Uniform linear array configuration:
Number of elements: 48
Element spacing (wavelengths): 0.5
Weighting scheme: blackman
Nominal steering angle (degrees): -60
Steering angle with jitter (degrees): -58.876
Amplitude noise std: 0.05
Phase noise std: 0.05

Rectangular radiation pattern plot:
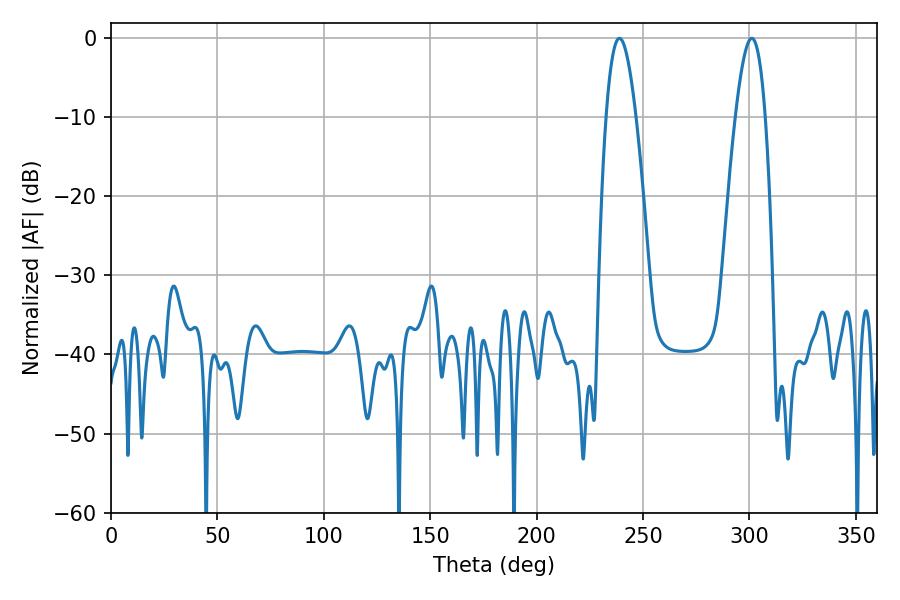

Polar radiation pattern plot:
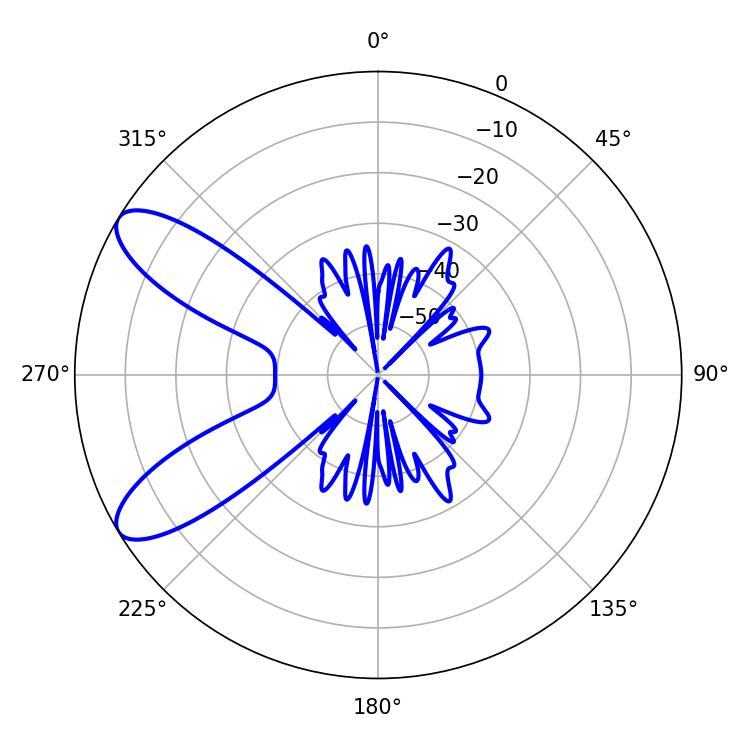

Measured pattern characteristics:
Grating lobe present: FALSE
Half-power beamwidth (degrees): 7.74
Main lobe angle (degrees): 238.86